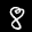
Label: 8